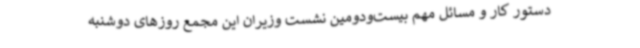
دستور کار و مسائل مهم بیست‌ودومین نشست وزیران این مجمع روزهای دوشنبه